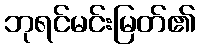
ဘုရင်မင်းမြတ်၏